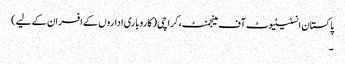
پاکستان انسٹیٹیوٹ آف مینجمنٹ، کراچی(کاروباری اداروں کے افسران کے لیے)
۔